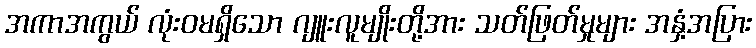
အကာအကွယ် လုံးဝမရှိသော ဂျူးလူမျိုးတို့အား သတ်ဖြတ်မှုများ အနှံ့အပြား